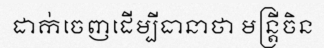
ដាក់ចេញដើម្បីធានាថា មន្ត្រីចិន